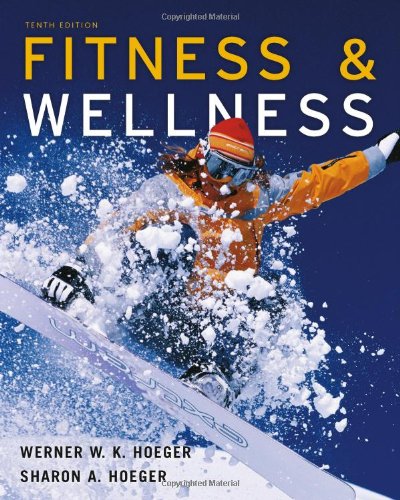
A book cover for Fitness and Wellness; Wener W.K. Hoeger; Medical Books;